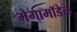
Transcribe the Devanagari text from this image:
मेगामॉडेल